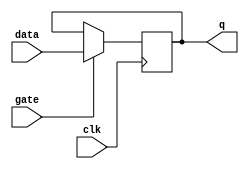
module gated_d_latch(
    input data,
    input gate,
    input clk,
    output reg q
);

always @(posedge clk) begin
    if(gate) begin
        q <= data;
    end
end

endmodule